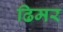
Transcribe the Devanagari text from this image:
ढिमर